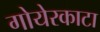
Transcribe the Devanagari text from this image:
गोयेरकाटा